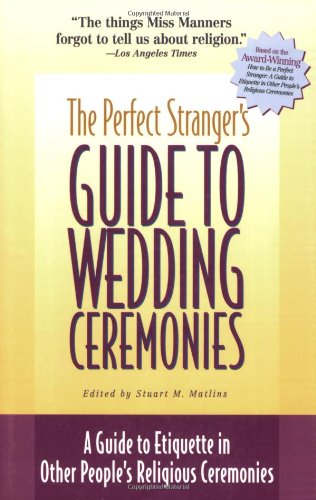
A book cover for The Perfect Stranger's Guide to Wedding Ceremonies: A Guide to Etiquette in Other People's Religious Ceremonies; Crafts, Hobbies & Home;